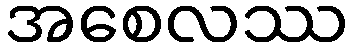
အစေလဿ